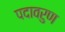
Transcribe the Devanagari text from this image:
पदावरुण